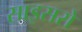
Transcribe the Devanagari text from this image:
साइसरो